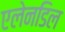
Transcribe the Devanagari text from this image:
एलेनडिल